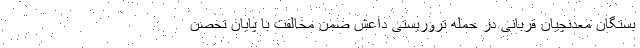
بستگان معدنچیان قربانی در حمله تروریستی داعش ضمن مخالفت با پایان تحصن